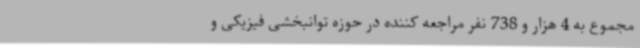
مجموع به 4 هزار و 738 نفر مراجعه کننده در حوزه توانبخشی فیزیکی و